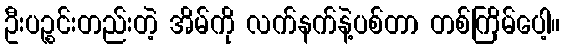
ဦးပဉ္စင်းတည်းတဲ့ အိမ်ကို လက်နက်နဲ့ပစ်တာ တစ်ကြိမ်ပေါ့။